system: You are a helpful assistant.
user:
Analyze the provided spectrum to determine if it is a **"Cataclysmic Variables (CV)"**.

- **Key Indicators for CV (Check for either state):**
    - **State 1: Quiescent / Low-State (Emission-Dominated)**
        - **(Primary):** Strong and *very broad* Hydrogen Balmer emission lines (e.g., $H\alpha$ at 6563 Å, $H\beta$ at 4861 Å). The 'broadness' (high velocity dispersion, often FWHM > 1000 km/s) is the key diagnostic, indicating a high-velocity accretion disk.
        - **(Secondary):** Broad neutral Helium (He I) emission lines (e.g., 5876 Å, 6678 Å).
        - **(Key Confirmation):** Presence of high-excitation *ionized* Helium (He II) emission at 4686 Å. This is a strong indicator of accretion onto a white dwarf.
        - **(Line Profile):** Emission lines may exhibit a 'double-peaked' profile, which is a classic signature of a rotating accretion disk viewed at high inclination.

    - **State 2: Outburst / High-State (Absorption-Dominated)**
        - **(Primary):** Spectrum is dominated by a bright, blue continuum (looks like a hot star).
        - **(Secondary):** The emission lines from State 1 are weak, absent, or 'filled in', and are replaced by broad, shallow *absorption* lines (primarily Balmer and He I).
        - **(Morphology):** The overall spectrum mimics a hot B/A-type star. The crucial difference is that the absorption lines are significantly broader, shallower, and more 'washed-out' (or 'smeared') than the sharp lines of a normal stellar photosphere, due to high rotational speeds and pressure broadening in the disk.

Think first, call **spectral_visualization_tool** if needed to examine features in detail, then provide your final answer. Your response must adhere to the following strict rules:
1.  **Overall Structure:** Your response must follow the format `<think>...</think> <tool_call>...</tool_call> (if a tool is used) <answer>...</answer>`.
2.  **Tool Usage Constraint:** You may only make **one** tool call per turn.
3.  **Final Answer Format:** In the `<answer>` tag, your conclusion must be inside a `\boxed{}` command (e.g., `\boxed{YES}`), followed by your justification.

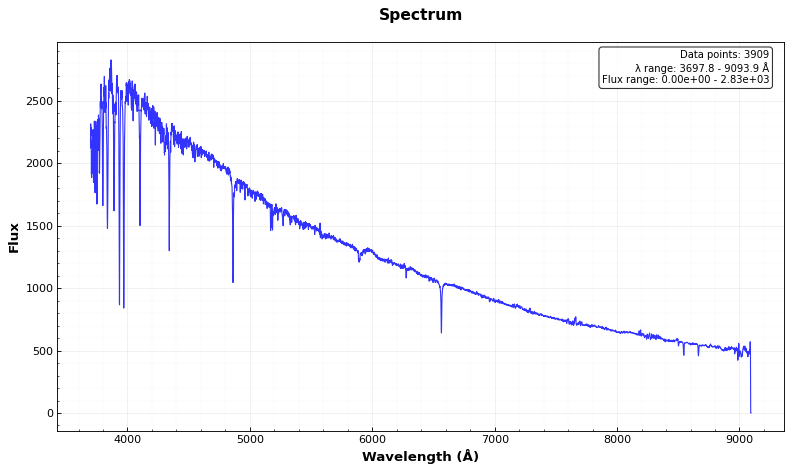
Answer: NO